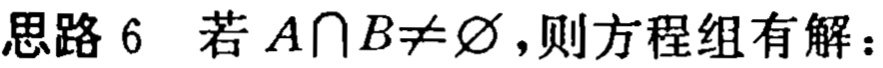
思路 6 若 \(A\cap B\neq\varnothing\)，则方程组有解：